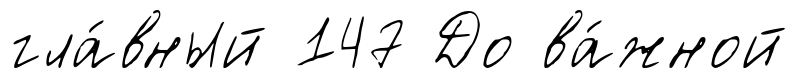
гла́вный 147 До ва́жной